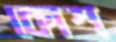
কোশ